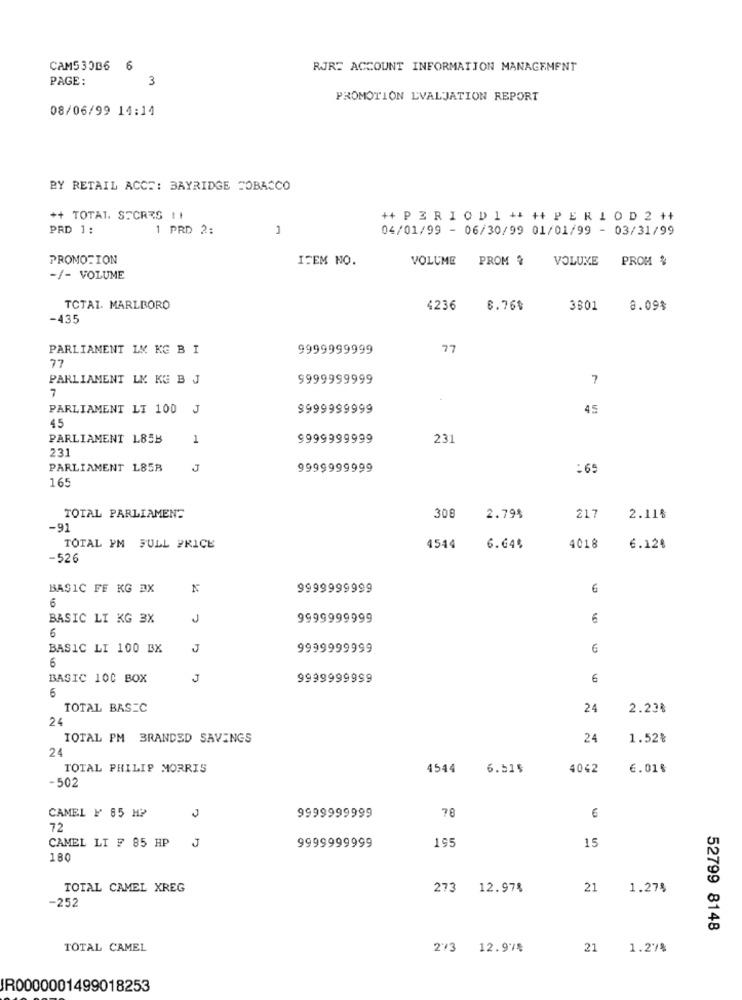
CAM530B6
6
RJR: ACCOUNT INFORMATION MANAGEMENT
PAGE:
3
PROMOTION EVALUATION REPORT
08/06/99 14:14
BY RETAIL ACCE: BAYRIDGE TOBACCO
++ TOTAL. STCRES !!
++ P E R I O D 1 ++ ++ P E R 1 O D 2 ++
PRD 1 :
1 PRD 2:
1
04/01/99 - 06/30/99 01/01/99 - 03/31/99
PROMOTION
IFEM NO.
VOLUME
PROM ֏
VOLUME
PROM %
-/- VOLUME
TCTAI. MARLBORO
4236
6.76$
3601
8.09$
-435
PARLIAMENT LY KG B I
9999999999
77
77
PARLIAMENT LY KG B J
9999999999
7
7
PARLIAMENT LI 100 J
9999999999
45
45
PARLIAMENT 185B
1
9999999999
231
231
PARLIAMENT 185B
J
9999999999
:6
165
TOTAL PARLIAMENT
308
2.79%
217
2.11%
-91
TOTAL YM FULL PRICE
4544
6.64%
4018
6.124
-526
BASIC FF KG 3X
9999999999
6
6
BASIC LI KG 3X
J
9999999999
6
6
BASIC LI 100 BX
J
9999999999
6
6
BASIC 100 BOX
J
9999999999
6
6
TOTAL BASEC
24
2.23%
24
TOTAL PM BRANDED SAVINGS
24
1.52%
24
TOTAL PHILIP MORRIS
4544
6.51$
4042
6. 01 %
-502
70
CAMEL ¥ 85 H?
9999999999
6
72
CAMEL LI F 85 HP
J
195
15
9999999999
180
TOTAL CAMEL XREG
273
12.97%
21
1.27%
-252
52799 8148
TOTAL CAMEL
273 12.97%
21
1.27%
IR0000001499018253